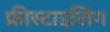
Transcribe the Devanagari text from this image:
फ्रीस्टाइलिंग